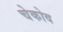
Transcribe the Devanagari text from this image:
चेकोव